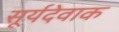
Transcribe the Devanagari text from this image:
सूर्यदेवाक